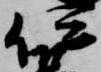
伊